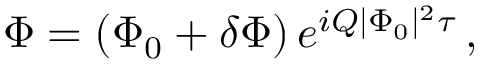
\Phi = \left( \Phi _ { 0 } + \delta \Phi \right) e ^ { i Q | \Phi _ { 0 } | ^ { 2 } \tau } \, ,